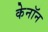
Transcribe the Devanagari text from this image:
केनॉन